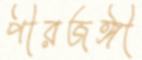
পীরজঙ্গী